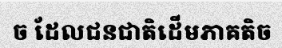
ច ដែលជនជាតិដើមភាគតិច